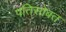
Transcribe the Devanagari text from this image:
पतिसोबत